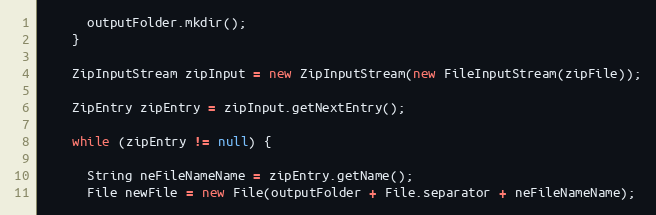
Language: Java
      outputFolder.mkdir();
    }

    ZipInputStream zipInput = new ZipInputStream(new FileInputStream(zipFile));

    ZipEntry zipEntry = zipInput.getNextEntry();

    while (zipEntry != null) {

      String neFileNameName = zipEntry.getName();
      File newFile = new File(outputFolder + File.separator + neFileNameName);